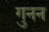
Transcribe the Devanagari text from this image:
गुनन